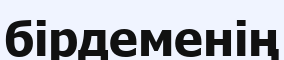
бірдеменің